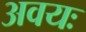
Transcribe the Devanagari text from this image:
अवयः